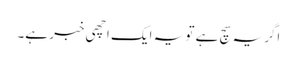
اگریہ سچ ہے تو یہ ایک اچھی خبر ہے۔